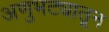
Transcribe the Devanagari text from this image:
अणुभट्यातून